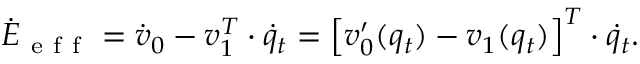
\dot { E } _ { \mathrm { ~ e ~ f ~ f ~ } } = \dot { v } _ { 0 } - v _ { 1 } ^ { T } \cdot \dot { q } _ { t } = \left[ v _ { 0 } ^ { \prime } ( q _ { t } ) - v _ { 1 } ( q _ { t } ) \right] ^ { T } \cdot \dot { q } _ { t } .